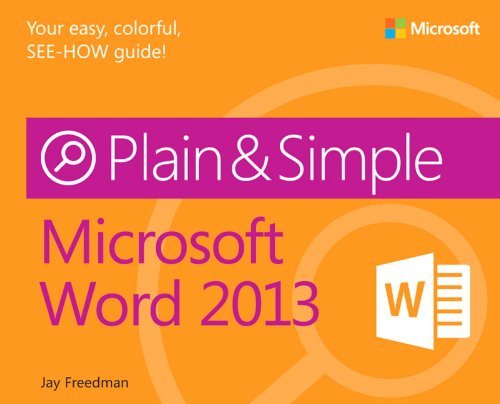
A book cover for Microsoft Word 2013 Plain & Simple; Jay Freedman; Computers & Technology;